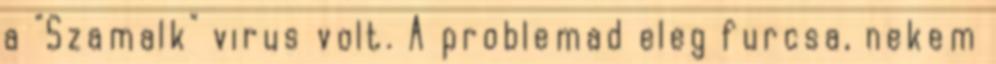
a "Szamalk" virus volt. A problemad eleg furcsa, nekem